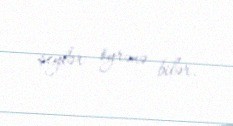
şeylər öyrənə bilər.